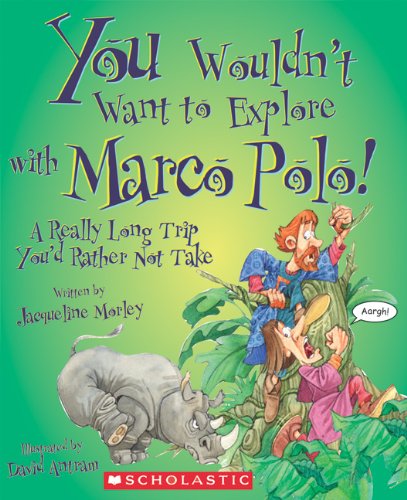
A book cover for You Wouldn't Want to Explore with Marco Polo!: A Really Long Trip You'd Rather Not Take; Jacqueline Morley; Children's Books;